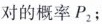
对的概率P_{2}；